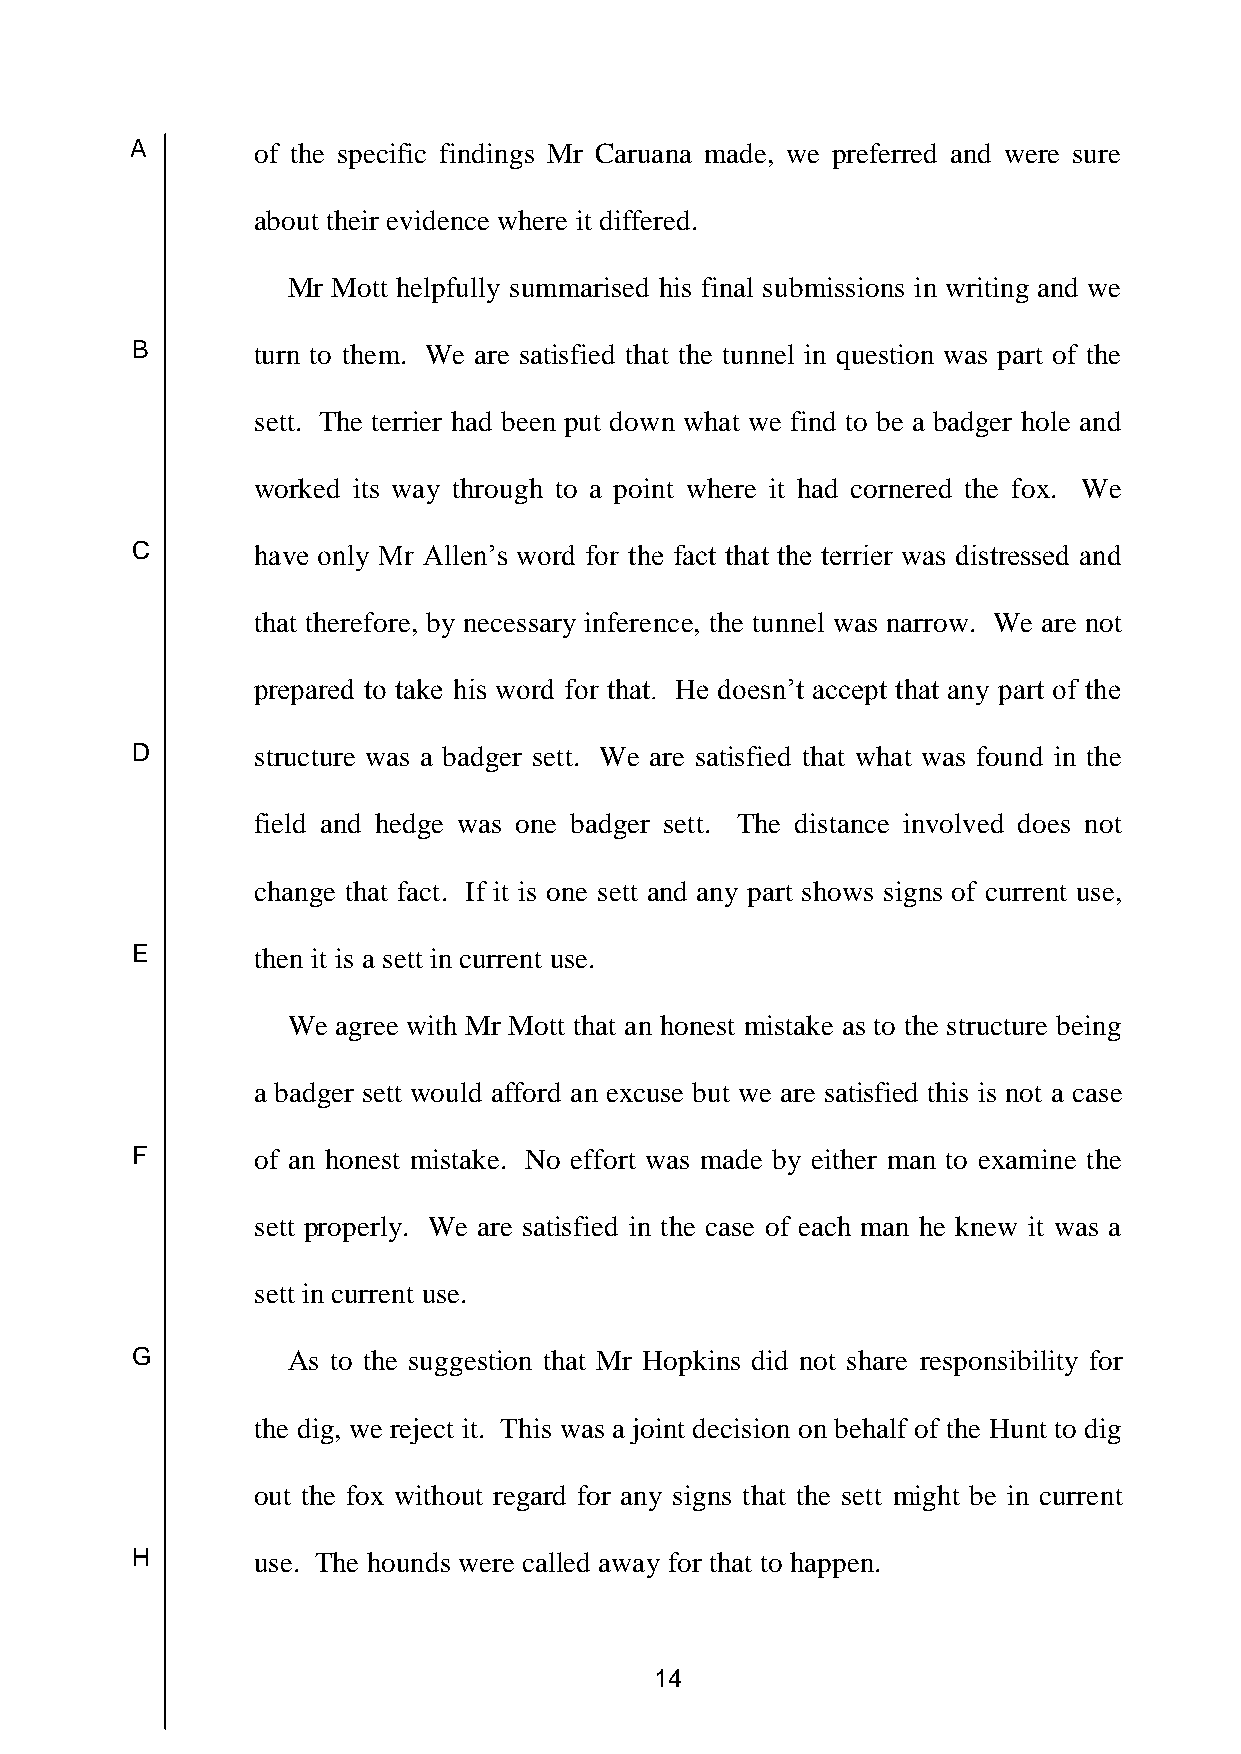
A       of the specific findings Mr Caruana made, we preferred and were sure
 about their evidence where it differed.
 Mr Mott helpfully summarised his final submissions in writing and we
 B       turn to them. We are satisfied that the tunnel in question was part of the
 sett. The terrier had been put down what we find to be a badger hole and
 worked its way through to a point where it had cornered the fox. We
 C       have only Mr Allen’s word for the fact that the terrier was distressed and
 that therefore, by necessary inference, the tunnel was narrow. We are not
 prepared to take his word for that. He doesn’t accept that any part of the
 D       structure was a badger sett. We are satisfied that what was found in the
 field and hedge was one badger sett. The distance involved does not
 change that fact. If it is one sett and any part shows signs of current use,
 E       then it is a sett in current use.
 We agree with Mr Mott that an honest mistake as to the structure being
 a badger sett would afford an excuse but we are satisfied this is not a case
 F       of an honest mistake. No effort was made by either man to examine the
 sett properly. We are satisfied in the case of each man he knew it was a
 sett in current use.
 G         As to the suggestion that Mr Hopkins did not share responsibility for
 the dig, we reject it. This was a joint decision on behalf of the Hunt to dig
 out the fox without regard for any signs that the sett might be in current
 H       use. The hounds were called away for that to happen.
 14